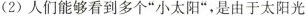
(2)人们能够看到多个“小太阳”，是由于太阳光